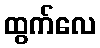
ထွက်လေ